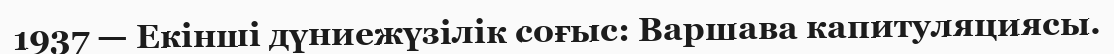
1937 — Екінші дүниежүзілік соғыс: Варшава капитуляциясы.